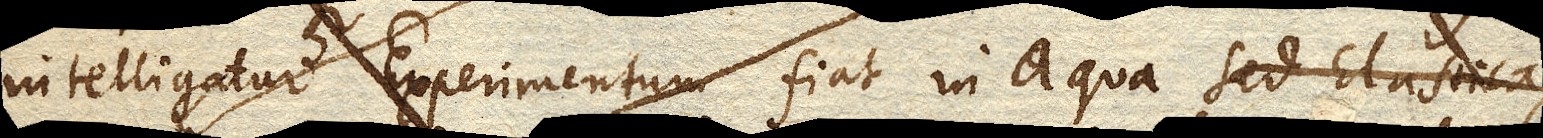
intelligatur Experimentum fiat in aqua sed Elastica,